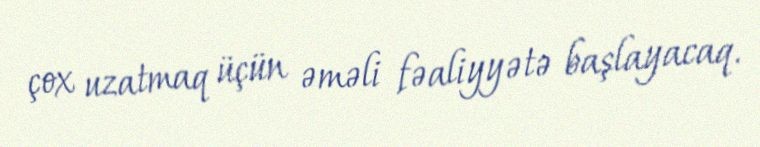
çox uzatmaq üçün əməli fəaliyyətə başlayacaq.